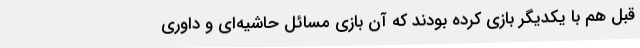
قبل هم با یکدیگر بازی کرده بودند که آن بازی مسائل حاشیه‌ای و داوری